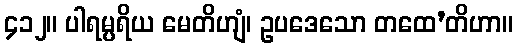
၄၁၂။ ပါရမ္ပရိယ မေတိဟျံ၊ ဥပဒေသော တထေ’တိဟာ။